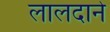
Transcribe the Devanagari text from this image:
लालदाने